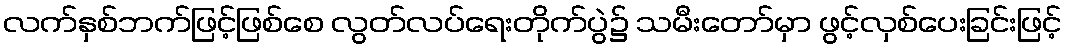
လက်နှစ်ဘက်ဖြင့်ဖြစ်စေ လွတ်လပ်ရေးတိုက်ပွဲ၌ သမီးတော်မှာ ဖွင့်လှစ်ပေးခြင်းဖြင့်